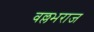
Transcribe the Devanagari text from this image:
वल्लभराज